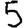
Digit: 5